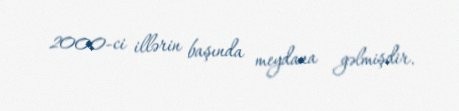
2000-ci illərin başında meydana gəlmişdir.